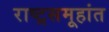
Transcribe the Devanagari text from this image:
राष्ट्रसमूहांत